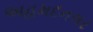
અહમદનગર